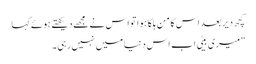
کچھ دیر بعد اس کا من ہلکا ہوا تو اس نے مجھے دیکھتے ہوئے کہا
”میری بیٹی اب اس دنیا میں نہیں رہی۔